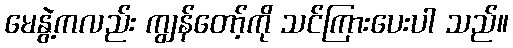
မေနွဲ့ကလည်း ကျွန်တော့်ကို သင်ကြားပေးပါ သည်။